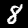
Label: 8